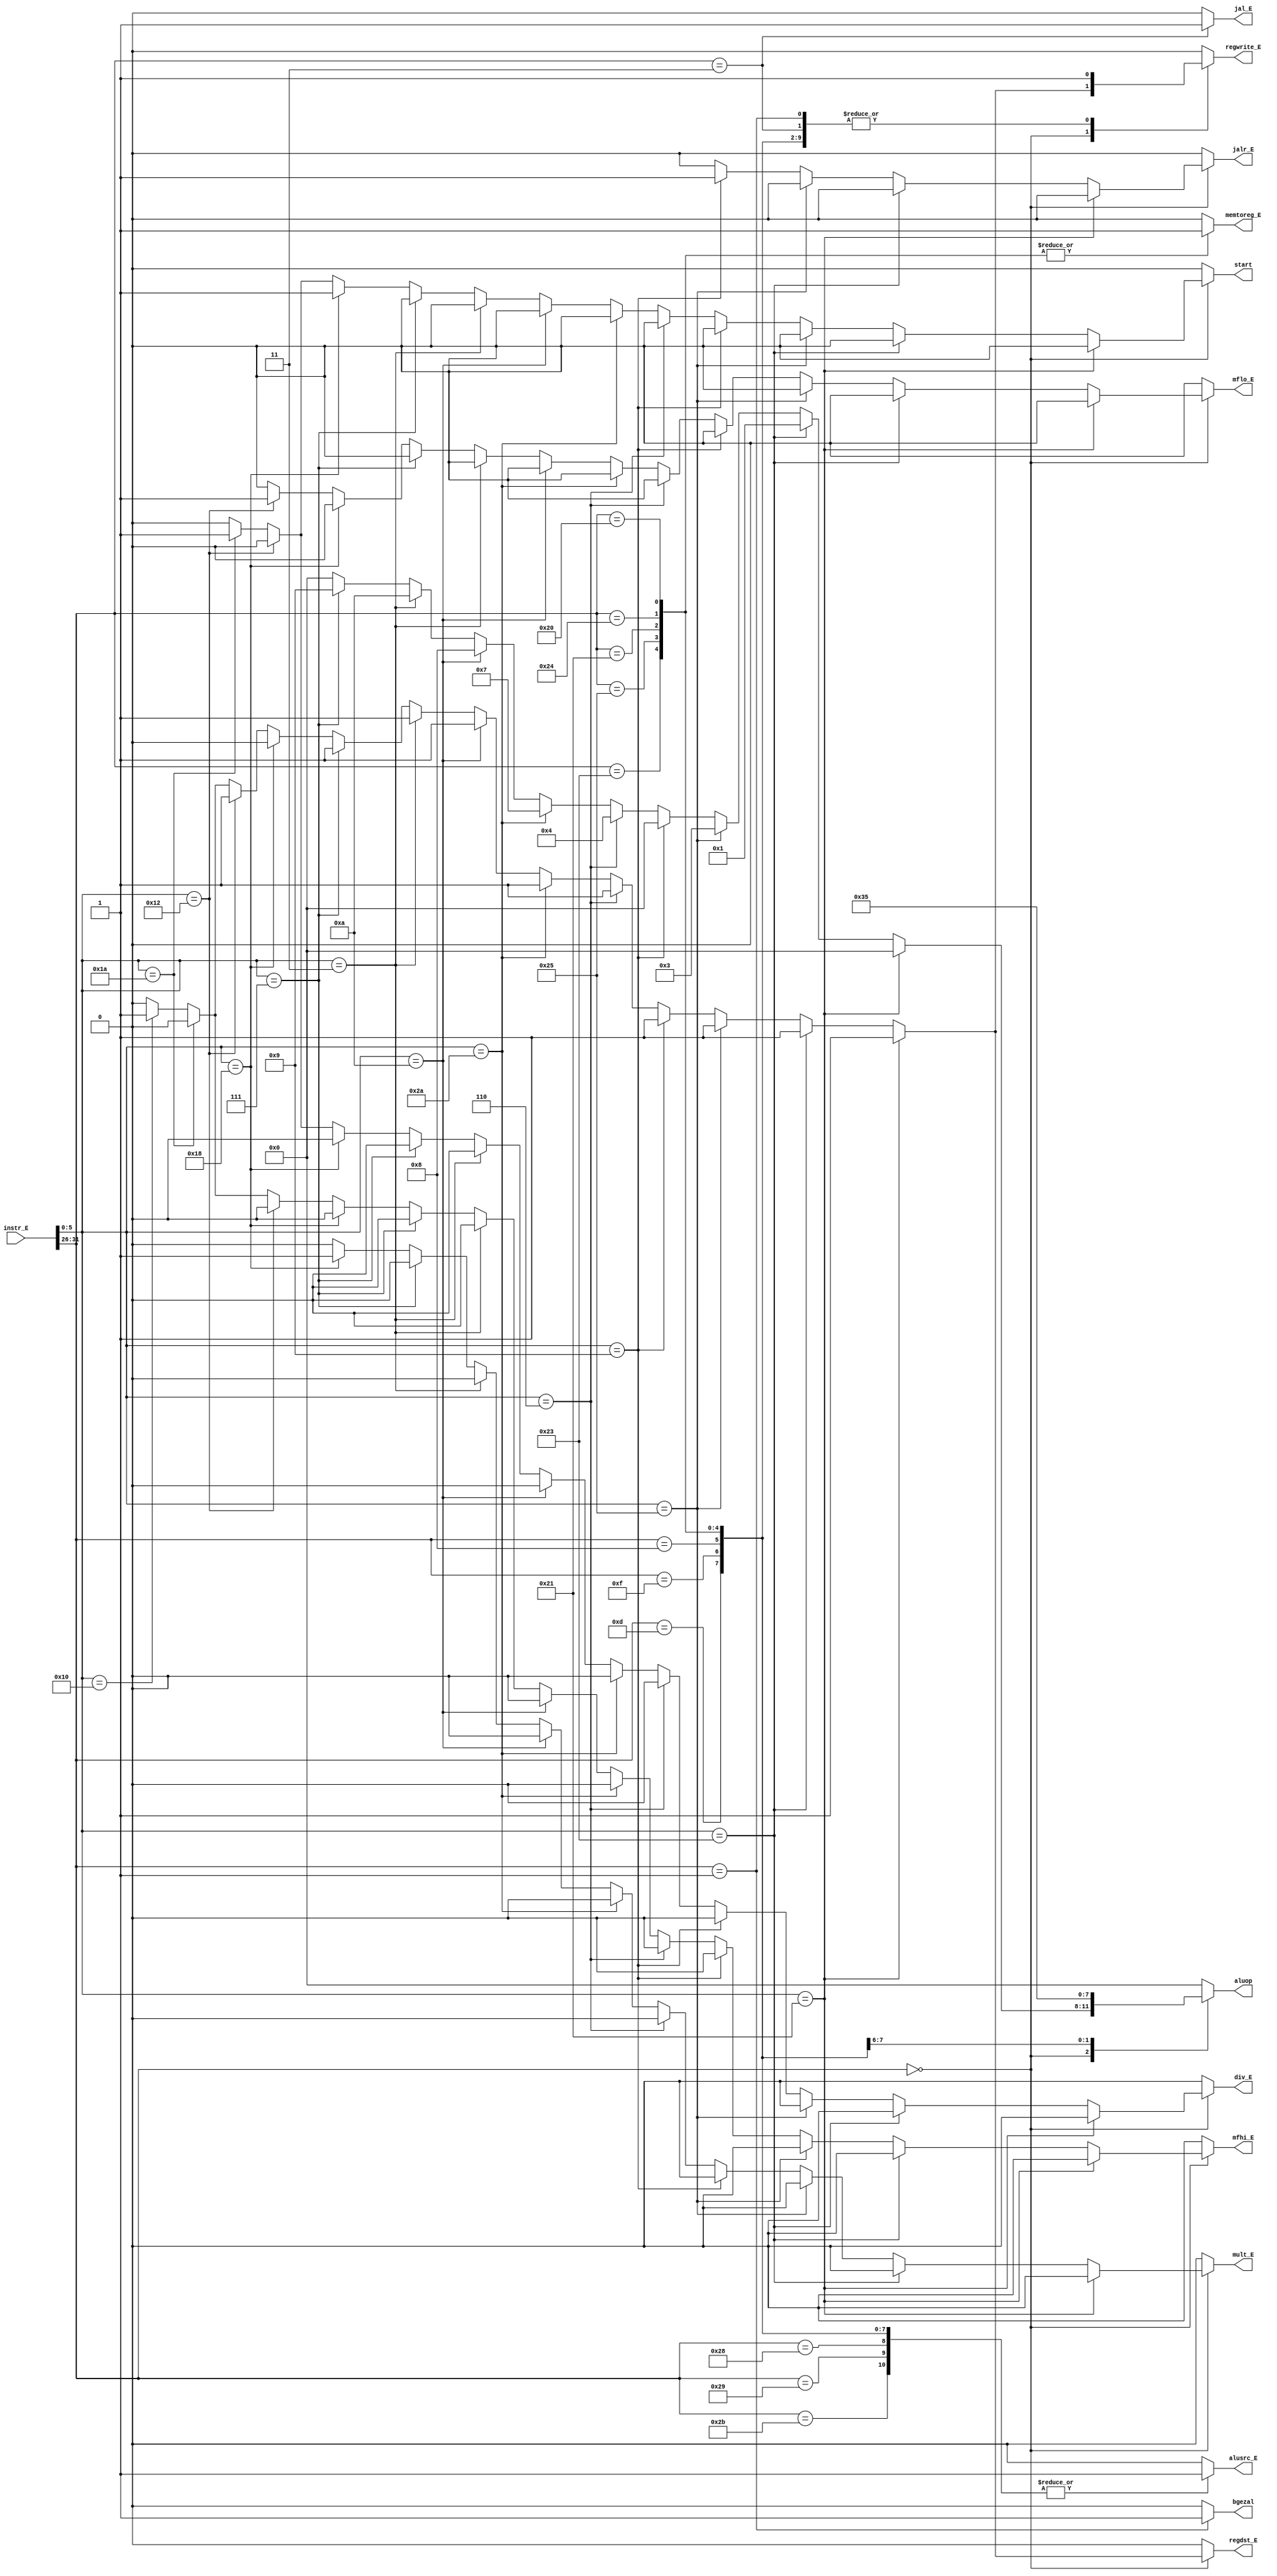
`timescale 1ns / 1ps
//////////////////////////////////////////////////////////////////////////////////
// Company: 
// Engineer: 
// 
// Design Name: 
// Module Name:    yimaqi_E 
// Project Name: 
// Target Devices: 
// Tool versions: 
// Description: 
//
// Dependencies: 
//
// Revision: 
// Revision 0.01 - File Created
// Additional Comments: 
//
//////////////////////////////////////////////////////////////////////////////////
module yimaqi_E(
    input [31:0] instr_E,
    output reg regdst_E,
    output reg alusrc_E,
    output reg [3:0] aluop,
	 output reg regwrite_E,
	 output reg memtoreg_E,
	 output reg jal_E,
	 output reg jalr_E,
	 output reg start,
	 output reg mflo_E,
	 output reg mfhi_E,
	 output reg mult_E,
	 output reg div_E,
	 output reg bgezal
	 //output reg jr
	 //output reg memwrite_E
	 
	 
    );
	 always @ * begin
		case(instr_E[31:26])
		6'b000000:begin
			if(instr_E[5:0]==6'b100001)begin
				regdst_E = 1;
				alusrc_E = 0;
				aluop = 0;//////////////addu
				regwrite_E = 1;
				memtoreg_E = 0;
				jal_E = 0;
				jalr_E = 0;
				bgezal = 0;
				start = 0;
				mflo_E = 0;
				mult_E = 0;
				div_E = 0;
				mfhi_E = 0;
				//jr = 0;
				//memwrite_E = 0;
			end
			else if(instr_E[5:0]==6'b100011)begin
				regdst_E = 1;
				alusrc_E = 0;
				aluop = 1;/////////////subu
				regwrite_E = 1;
				memtoreg_E = 0;
				jal_E = 0;
				jalr_E = 0;
				bgezal = 0;
				start = 0;
				mflo_E = 0;
				mult_E = 0;
				div_E = 0;
				mfhi_E = 0;
				//jr = 0;			

				//memwrite_E = 0;
			end
			else if(instr_E[5:0]==6'b100101)begin
				regdst_E = 1;
				alusrc_E = 0;
				aluop = 3;//////////////or
				regwrite_E = 1;
				memtoreg_E = 0;
				jal_E = 0;
				jalr_E = 0;
				bgezal = 0;
				start = 0;
				mflo_E = 0;
				mult_E = 0;
				div_E = 0;
				mfhi_E = 0;
				//jr = 0;
				//memwrite_E = 0;
			end
			else if(instr_E[5:0]==6'b001001)begin
				regdst_E = 1;
				alusrc_E = 0;
				aluop = 0;//////////////or
				regwrite_E = 1;
				memtoreg_E = 0;
				jal_E = 0;
				jalr_E = 1;
				bgezal = 0;
				start = 0;
				mflo_E = 0;
				mult_E = 0;
				div_E = 0;
				mfhi_E = 0;
				//jr = 0;
				//memwrite_E = 0;
			end
			else if(instr_E[5:0]==6'b000110)begin
				regdst_E = 1;
				alusrc_E = 0;
				aluop = 4;//////////////or
				regwrite_E = 1;
				memtoreg_E = 0;
				jal_E = 0;
				jalr_E = 0;
				bgezal = 0;
				start = 0;
				mflo_E = 0;
				mult_E = 0;
				div_E = 0;
				mfhi_E = 0;
				//jr = 0;
				//memwrite_E = 0;
			end
			else if(instr_E[5:0]==6'b101010)begin
				regdst_E = 1;
				alusrc_E = 0;
				aluop = 7;//////////////or
				regwrite_E = 1;
				memtoreg_E = 0;
				jal_E = 0;
				jalr_E = 0;
				bgezal = 0;
				start = 0;
				mflo_E = 0;
				mult_E = 0;
				div_E = 0;
				mfhi_E = 0;
				//jr = 0;
				//memwrite_E = 0;
			end
			else if(instr_E[5:0]==6'b001010)begin
				regdst_E = 1;
				alusrc_E = 0;
				aluop = 8;//////////////or
				regwrite_E = 1;
				memtoreg_E = 0;
				jal_E = 0;
				jalr_E = 0;
				bgezal = 0;
				start = 0;
				mflo_E = 0;
				mult_E = 0;
				div_E = 0;
				mfhi_E = 0;
				//jr = 0;
				//memwrite_E = 0;
			end
			else if(instr_E[5:0]==6'b000011)begin
				regdst_E = 1;
				alusrc_E = 0;
				aluop = 10;//////////////or
				regwrite_E = 1;
				memtoreg_E = 0;
				jal_E = 0;
				jalr_E = 0;
				bgezal = 0;
				start = 0;
				mflo_E = 0;
				mult_E = 0;
				div_E = 0;
				mfhi_E = 0;
				//jr = 0;
				//memwrite_E = 0;
			end
			else if(instr_E[5:0]==6'b000111)begin
				regdst_E = 1;
				alusrc_E = 0;
				aluop = 9;//////////////or
				regwrite_E = 1;
				memtoreg_E = 0;
				jal_E = 0;
				jalr_E = 0;
				bgezal = 0;
				start = 0;
				mflo_E = 0;
				mult_E = 0;
				div_E = 0;
				mfhi_E = 0;
				//jr = 0;
				//memwrite_E = 0;
			end
			else if(instr_E[5:0]==6'b011000)begin
				regdst_E = 0;
				alusrc_E = 0;
				aluop = 0;//////////////or
				regwrite_E = 0;
				memtoreg_E = 0;
				jal_E = 0;
				jalr_E = 0;
				bgezal = 0;
				start = 1;
				mflo_E = 0;
				mult_E = 1;
				div_E = 0;
				mfhi_E = 0;
				//jr = 0;
				//memwrite_E = 0;
			end
			else if(instr_E[5:0]==6'b010010)begin
				regdst_E = 1;
				alusrc_E = 0;
				aluop = 0;//////////////or
				regwrite_E = 1;
				memtoreg_E = 0;
				jal_E = 0;
				jalr_E = 0;
				bgezal = 0;
				start = 0;
				mflo_E = 1;
				mult_E = 0;
				div_E = 0;
				mfhi_E = 0;
				//jr = 0;
				//memwrite_E = 0;
			end
			else if(instr_E[5:0]==6'b011010)begin
				regdst_E = 0;
				alusrc_E = 0;
				aluop = 0;//////////////or
				regwrite_E = 0;
				memtoreg_E = 0;
				jal_E = 0;
				jalr_E = 0;
				bgezal = 0;
				start = 1;
				mflo_E = 0;
				mult_E = 0;
				div_E = 1;
				mfhi_E = 0;
				//jr = 0;
				//memwrite_E = 0;
			end
			else if(instr_E[5:0]==6'b010000)begin
				regdst_E = 1;
				alusrc_E = 0;
				aluop = 0;//////////////or
				regwrite_E = 1;
				memtoreg_E = 0;
				jal_E = 0;
				jalr_E = 0;
				bgezal = 0;
				start = 0;
				mflo_E = 0;
				mult_E = 0;
				div_E = 0;
				mfhi_E = 1;
				//jr = 0;
				//memwrite_E = 0;
			end
			else begin
				regdst_E = 0;
				alusrc_E = 0;
				aluop = 0;
				regwrite_E = 0;
				memtoreg_E = 0;
				jal_E = 0;
				jalr_E = 0;
				bgezal = 0;
				start = 0;
				mflo_E = 0;
				mult_E = 0;
				div_E = 0;
				mfhi_E = 0;
				//jr = 0;
				//memwrite_E = 0;
			end
			
			
		end
		6'b001101:begin
				regdst_E = 0;
				alusrc_E = 1;
				aluop = 3;//////////ori
				regwrite_E = 1;
				memtoreg_E = 0;
				jal_E = 0;
				jalr_E = 0;
				bgezal = 0;
				start = 0;
				mflo_E = 0;
				mult_E = 0;
				div_E = 0;
				mfhi_E = 0;
				//memwrite_E = 0;
		end
		6'b001111:begin
				regdst_E = 0;
				alusrc_E = 1;
				aluop = 5;//////////lui
				regwrite_E = 1;
				memtoreg_E = 0;
				jal_E = 0;
				jalr_E = 0;
				bgezal = 0;
				start = 0;
				mflo_E = 0;
				mult_E = 0;
				div_E = 0;
				mfhi_E = 0;
				//memwrite_E = 0;
		end
		6'b100011:begin
				regdst_E = 0;
				alusrc_E = 1;
				aluop = 0;//////////lw
				regwrite_E = 1;
				memtoreg_E = 1;
				jal_E = 0;
				jalr_E = 0;
				bgezal = 0;
				start = 0;
				mflo_E = 0;
				mult_E = 0;
				div_E = 0;
				mfhi_E = 0;
				//memwrite_E = 0;
		end
		6'b101011:begin
				regdst_E = 0;
				alusrc_E = 1;
				aluop = 0;//////////sw
				regwrite_E = 0;
				memtoreg_E = 0;
				jal_E = 0;
				jalr_E = 0;
				bgezal = 0;
				start = 0;
				mflo_E = 0;
				mult_E = 0;
				div_E = 0;
				mfhi_E = 0;
				//memwrite_E = 1;
		end
		6'b101001:begin
				regdst_E = 0;
				alusrc_E = 1;
				aluop = 0;//////////sw
				regwrite_E = 0;
				memtoreg_E = 0;
				jal_E = 0;
				jalr_E = 0;
				bgezal = 0;
				start = 0;
				mflo_E = 0;
				mult_E = 0;
				div_E = 0;
				mfhi_E = 0;
		end
		6'b101000:begin
				regdst_E = 0;
				alusrc_E = 1;
				aluop = 0;//////////sw
				regwrite_E = 0;
				memtoreg_E = 0;
				jal_E = 0;
				jalr_E = 0;
				bgezal = 0;
				start = 0;
				mflo_E = 0;
				mult_E = 0;
				div_E = 0;
				mfhi_E = 0;
		end
		6'b000011:begin
				regdst_E = 0;
				alusrc_E = 0;
				aluop = 0;//////////xx
				regwrite_E = 1;
				memtoreg_E = 0;
				jal_E = 1;
				jalr_E = 0;
				bgezal = 0;
				start = 0;
				mflo_E = 0;
				mult_E = 0;
				div_E = 0;
				mfhi_E = 0;
		end
		6'b001000:begin
				regdst_E = 0;
				alusrc_E = 1;
				aluop = 0;//////////xxaluopaluop0
				regwrite_E = 1;
				memtoreg_E = 0;
				jal_E = 0;
				jalr_E = 0;
				bgezal = 0;
				start = 0;
				mflo_E = 0;
				mult_E = 0;
				div_E = 0;
				mfhi_E = 0;
		end
		6'b000001:begin
				regdst_E = 0;
				alusrc_E = 0;
				aluop = 0;//////////xxaluopaluop0
				regwrite_E = 1;
				memtoreg_E = 0;
				jal_E= 0;
				jalr_E = 0;
				bgezal = 1;
				start = 0;
				mflo_E = 0;
				mult_E = 0;
				div_E = 0;
				mfhi_E = 0;
		end
		6'b100101:begin
				regdst_E = 0;
				alusrc_E = 1;
				aluop = 0;//////////lhu
				regwrite_E = 1;
				memtoreg_E = 1;
				jal_E = 0;
				jalr_E = 0;
				bgezal = 0;
				start = 0;
				mflo_E = 0;
				mult_E = 0;
				div_E = 0;
				mfhi_E = 0;
		end
		6'b100001:begin
				regdst_E = 0;
				alusrc_E = 1;
				aluop = 0;//////////lh
				regwrite_E = 1;
				memtoreg_E = 1;
				jal_E = 0;
				jalr_E = 0;
				bgezal = 0;
				start = 0;
				mflo_E = 0;
				mult_E = 0;
				div_E = 0;
				mfhi_E = 0;
		end
		6'b100100:begin
				regdst_E = 0;
				alusrc_E = 1;
				aluop = 0;//////////lbu
				regwrite_E = 1;
				memtoreg_E = 1;
				jal_E = 0;
				jalr_E = 0;
				bgezal = 0;
				start = 0;
				mflo_E = 0;
				mult_E = 0;
				div_E = 0;
				mfhi_E = 0;
		end
		6'b100000:begin
				regdst_E = 0;
				alusrc_E = 1;
				aluop = 0;//////////lb
				regwrite_E = 1;
				memtoreg_E = 1;
				jal_E = 0;
				jalr_E = 0;
				bgezal = 0;
				start = 0;
				mflo_E = 0;
				mult_E = 0;
				div_E = 0;
				mfhi_E = 0;
		end
		default:begin
				regdst_E = 0;
				alusrc_E = 0;
				aluop = 0;//////////xx
				regwrite_E = 0;
				memtoreg_E = 0;
				jal_E = 0;
				jalr_E = 0;
				bgezal = 0;
				start = 0;
				mflo_E = 0;
				mult_E = 0;
				div_E = 0;
				mfhi_E = 0;
				//memwrite_E = 0;
		end
		endcase
	 end


endmodule